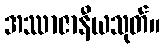
အဿာဇာနီယသုတ်။